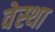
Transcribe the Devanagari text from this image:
वेस्था